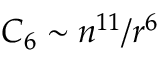
C _ { 6 } \sim n ^ { 1 1 } / r ^ { 6 }